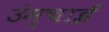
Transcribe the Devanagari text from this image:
उंम्चाई